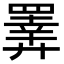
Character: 𢍰